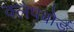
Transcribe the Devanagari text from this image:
क्लैपबोर्ड